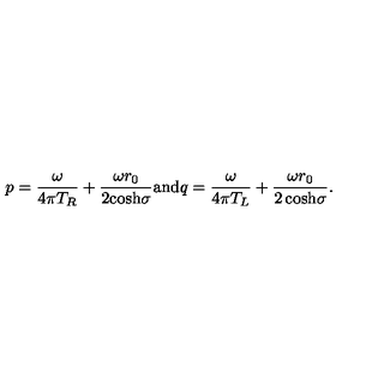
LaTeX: p = { \frac { \omega } { 4 \pi T _ { R } } } + { \frac { \omega r _ { 0 } } { 2 { \cosh } \sigma } } { \mathrm { a n d } } q = { \frac { \omega } { 4 \pi T _ { L } } } + { \frac { \omega r _ { 0 } } { { 2 \cosh } \sigma } } .